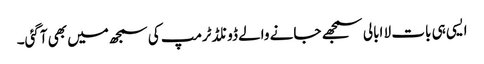
ایسی ہی بات لا ابالی سمجھے جانے والے ڈونلڈٹرمپ کی سمجھ میں بھی آگئی۔